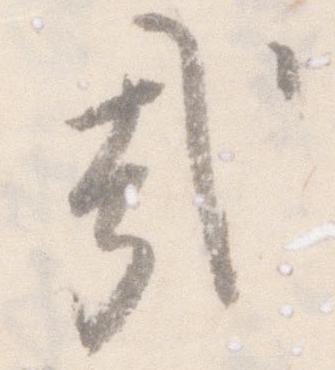
哉